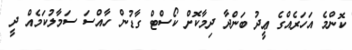
ކޮންމެ އަހަރެއްގެ ޢީދު ބަންދާ ދިމާކޮށް ކޯސްޓް ގާޑުން ހާއްސަ ސަމާލުކަމެއް ދީ